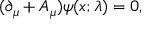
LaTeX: ( \partial _ { \mu } + A _ { \mu } ) \psi ( x ; \lambda ) = 0 ,